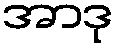
အာဒု